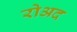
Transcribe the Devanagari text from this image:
रोअद